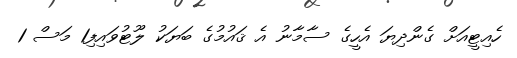
ހެއިޓީއަށް ގެންދިޔަ އެހީގެ ސާމާނު އެ ޤައުމުގެ ބަޔަކު ލޫޓުވައިފި1 މަސް 1